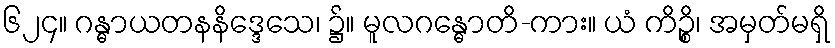
၆၂၄။ ဂန္ဓာယတနနိဒ္ဒေသေ၊ ၌။ မူလဂန္ဓောတိ-ကား။ ယံ ကိဉ္စိ၊ အမှတ်မရှိ